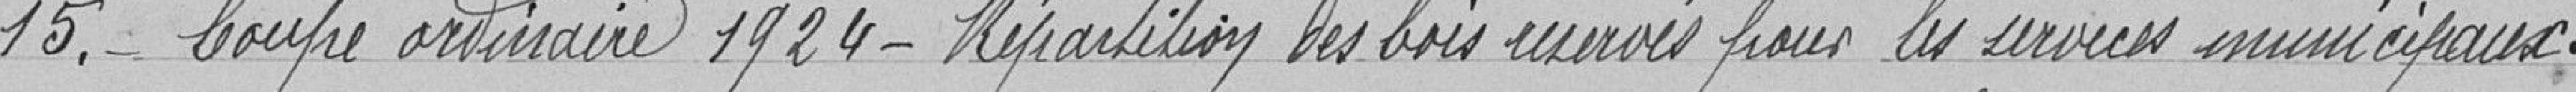
15. Coupe ordinaire 1924 - Répartition des bois réservés pour les services municipaux .